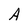
Character: A